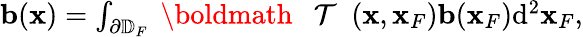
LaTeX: \begin{array}{r}{{\mathbf b}({\mathbf x})=\int_{\partial\mathbb{D}_{F}}{{{\mathrm{~\boldmath~{~\cal~T~}~}}}}({\mathbf x},{\mathbf x}_{F}){\mathbf b}({\mathbf x}_{F})\mathrm{d}^{2}{\mathbf x}_{F},}\end{array}